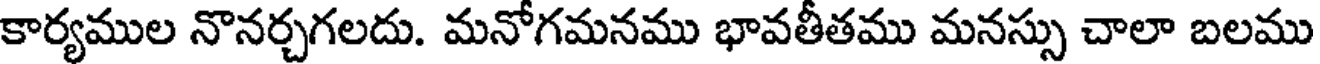
కార్యముల నొనర్చగలదు. మనోగమనము భావతీతము మనస్సు చాలా బలము